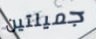
جميلتين